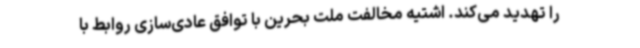
را تهدید می‌کند. اشتیه مخالفت ملت بحرین با توافق عادی‌سازی روابط با